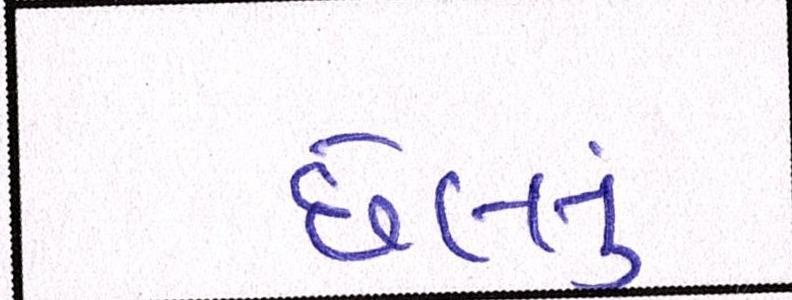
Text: છેલ્લું